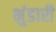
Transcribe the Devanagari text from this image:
भुंडारी